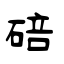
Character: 碚